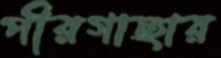
পীরগাছার